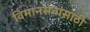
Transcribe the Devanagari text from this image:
विमानसेवांसाठी